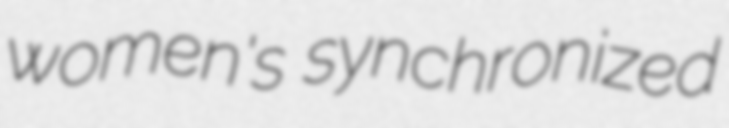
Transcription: women's synchronized